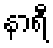
နာရီ